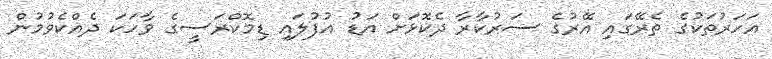
އަހަރުތަކުގެ ތެރޭގައި އޭރުގެ ސަރުކާރާ ދެކޮޅަށް އަޑު އުފުލައި ޑިމޮކްރަސީގެ ވާހަކަ ދެއްކެވުމުން